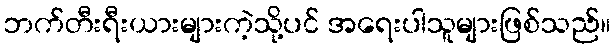
ဘက်တီးရီးယားများကဲ့သို့ပင် အရေးပါသူများဖြစ်သည်။